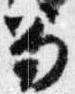
笏